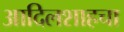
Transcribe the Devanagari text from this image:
आदिलशाहचा